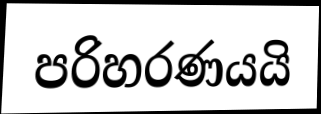
පරිහරණයයි